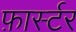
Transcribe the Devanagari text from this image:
फ़ार्स्टर